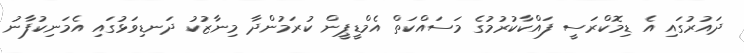
ދައުރުގައި އެ ޑިމޮކްރަސީ ފައްކާކުރުމުގެ މަސައްކަތް އެމްޑީޕީން ކުރަމުންދާ މިނާޒުކު ދަނޑިވަޅުގައި އެމަނިކުފާނު